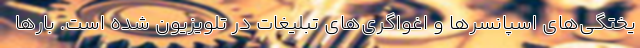
یختگی‌های اسپانسرها و اغواگری‌های تبلیغات در تلویزیون شده است. بارها